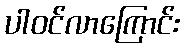
ပါဝင်လာကြောင်း